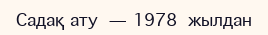
Садақ ату — 1978 жылдан